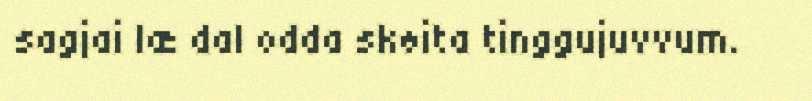
sagjai læ dal odda skøita tinggujuvvum.